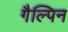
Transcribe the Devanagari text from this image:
गैल्पिन